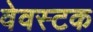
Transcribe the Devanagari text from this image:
वेवस्टक